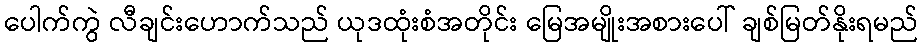
ပေါက်ကွဲ လီချင်းဟောက်သည် ယုဒထုံးစံအတိုင်း မြေအမျိုးအစားပေါ် ချစ်မြတ်နိုးရမည်